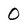
Character: 0